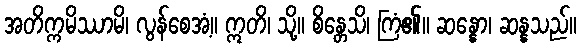
အတိက္ကမိဿာမိ၊ လွန်စေအံ့။ ဣတိ၊ သို့။ စိန္တေသိ၊ ကြံ၏။ ဆန္နော၊ ဆန္နသည်။